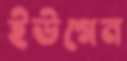
ইউগেন